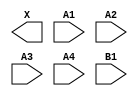
module sky130_fd_sc_hd__o41a (
    X ,
    A1,
    A2,
    A3,
    A4,
    B1
);

    output X ;
    input  A1;
    input  A2;
    input  A3;
    input  A4;
    input  B1;

    // Voltage supply signals
    supply1 VPWR;
    supply0 VGND;
    supply1 VPB ;
    supply0 VNB ;

endmodule